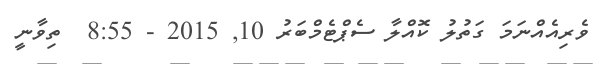
ވެރިއެއްނަމަ ގަތުލު ކޮއްލާ ސެޕްޓެމްބަރު 10